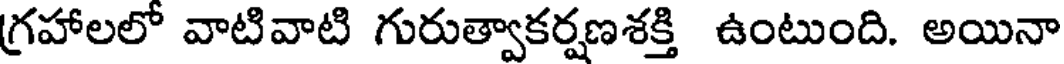
గ్రహాలలో వాటివాటి గురుత్వాకర్షణశక్తి ఉంటుంది. అయినా